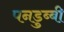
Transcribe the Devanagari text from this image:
पनडुब्‍बी